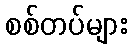
စစ်တပ်များ